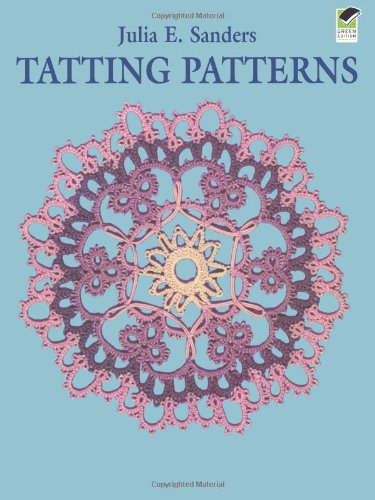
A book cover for Tatting Patterns (Dover Knitting, Crochet, Tatting, Lace); Julia E. Sanders; Crafts, Hobbies & Home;